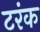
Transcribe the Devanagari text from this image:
टरंक